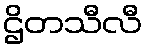
ဌိတသီလီ